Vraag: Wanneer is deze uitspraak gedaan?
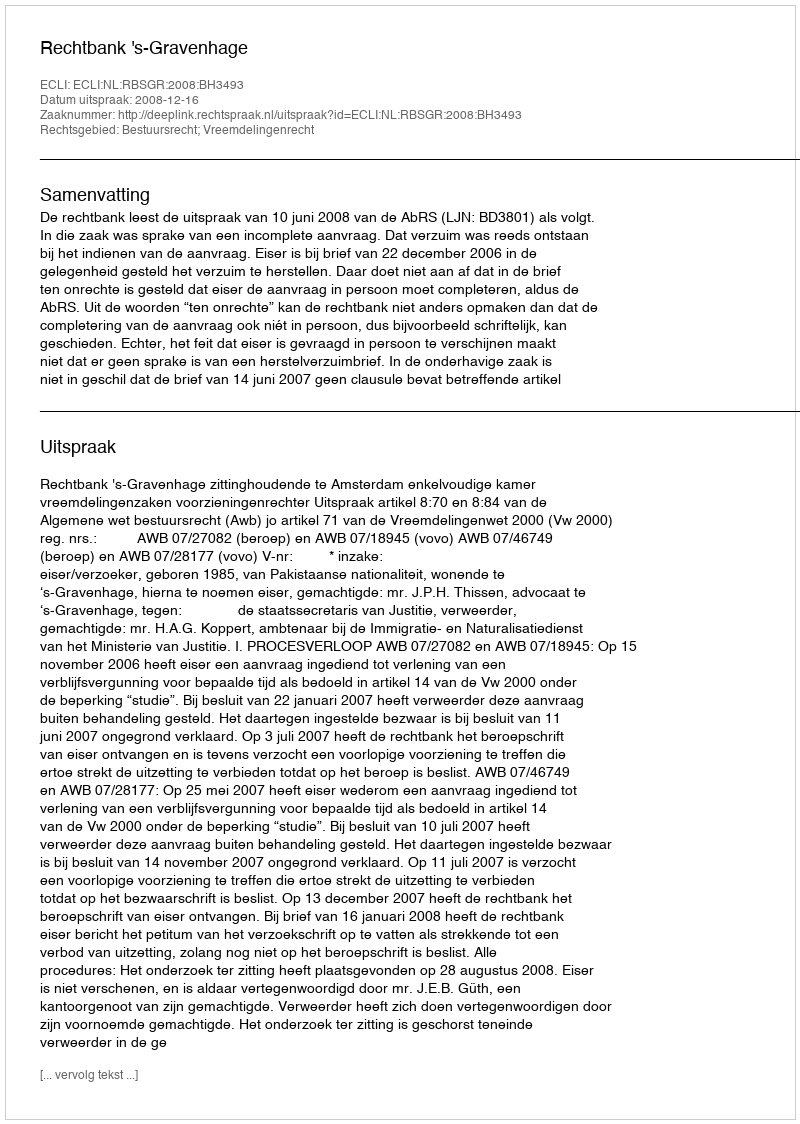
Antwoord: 2008-12-16